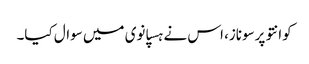
کوانتو پرسوناز، اس نے ہسپانوی میں سوال کیا۔